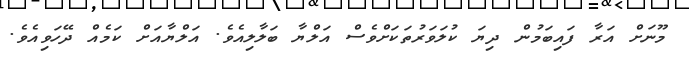
މޫނަށް އަރާ ފައިބަމުން ދިޔަ ކުލަވަރުތަކަށްވެސް އަލްޔާ ބަލާލިއެވެ. އަލްޔާއަށް ކަމެއް ދޭހަވިއެވެ.